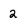
Character: 2